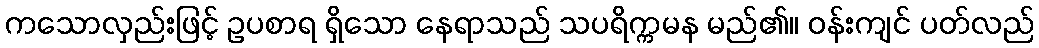
ကသောလှည်းဖြင့် ဥပစာရ ရှိသော နေရာသည် သပရိက္ကမန မည်၏။ ဝန်းကျင် ပတ်လည်